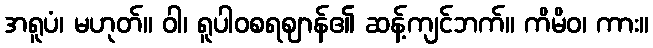
အရူပံ၊ မဟုတ်။ ဝါ၊ ရူပါဝစရဈာန်၏ ဆန့်ကျင်ဘက်။ ကိမိဝ၊ ကား။